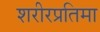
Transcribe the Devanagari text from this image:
शरीरप्रतिमा